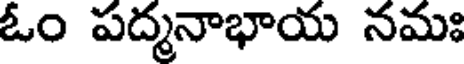
ఓం పద్మనాభాయ నమః